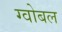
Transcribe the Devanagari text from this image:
ग्वोबल